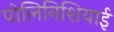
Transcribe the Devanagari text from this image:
पोलिनिशियाई